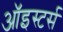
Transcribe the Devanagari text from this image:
ऑइस्टर्स